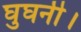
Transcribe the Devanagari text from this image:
घुघनी।